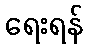
ရေးရန်